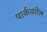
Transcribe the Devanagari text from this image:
पार्कवरील